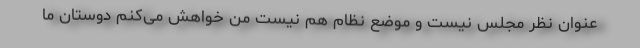
عنوان نظر مجلس نیست و موضع نظام هم نیست من خواهش می‌کنم دوستان ما